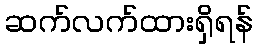
ဆက်လက်ထားရှိရန်